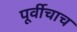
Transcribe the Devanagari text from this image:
पूर्वीचाच